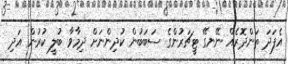
އެފަދަ ތަންދޮރެއް ނޭނގޭ ޓީޗަރުންގެ ސަބަބުން ކުދިންނަށް ދިމާވާ ބުލީ ކުރުން އަދި